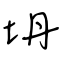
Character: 坍